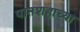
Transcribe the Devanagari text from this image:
पातशहाच्या